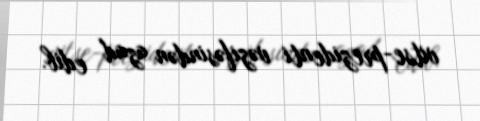
vitse-prezidenti vəzifəsindən azad edib.